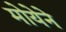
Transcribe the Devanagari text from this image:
मोयेने